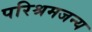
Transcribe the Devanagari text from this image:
परिश्रमजन्य